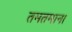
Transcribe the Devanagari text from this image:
तमतमाना